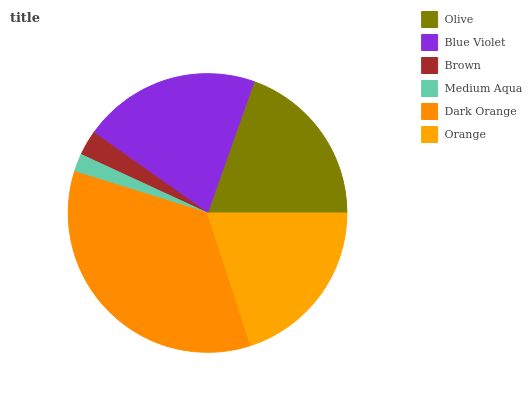
| Olive | Blue Violet | Brown | Medium Aqua | Dark Orange | Orange |
 | --- | --- | --- | --- | --- | --- |
 | 19.5% | 20.7% | 2.89% | 2.08% | 34.8% | 20% |